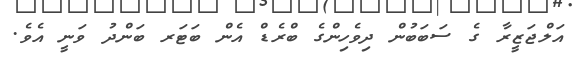
އަލްޖަޒީރާ ގެ ސަބަބުން ދިވެހިންގެ ބްރެޑް އެން ބަޓަރ ބަންދު ވަނީ އެވެ.